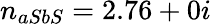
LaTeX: n_{aSbS}=2.76+0i